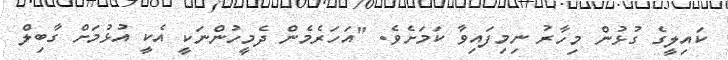
ކައިލީގެ ގުޅުން މިހާރު ނިމިފައިވާ ކަމަށެވެ. "އަހަރެމެން ދެމީހުންނަކީ އެކީ އުޅުމަށް ގާބިލް